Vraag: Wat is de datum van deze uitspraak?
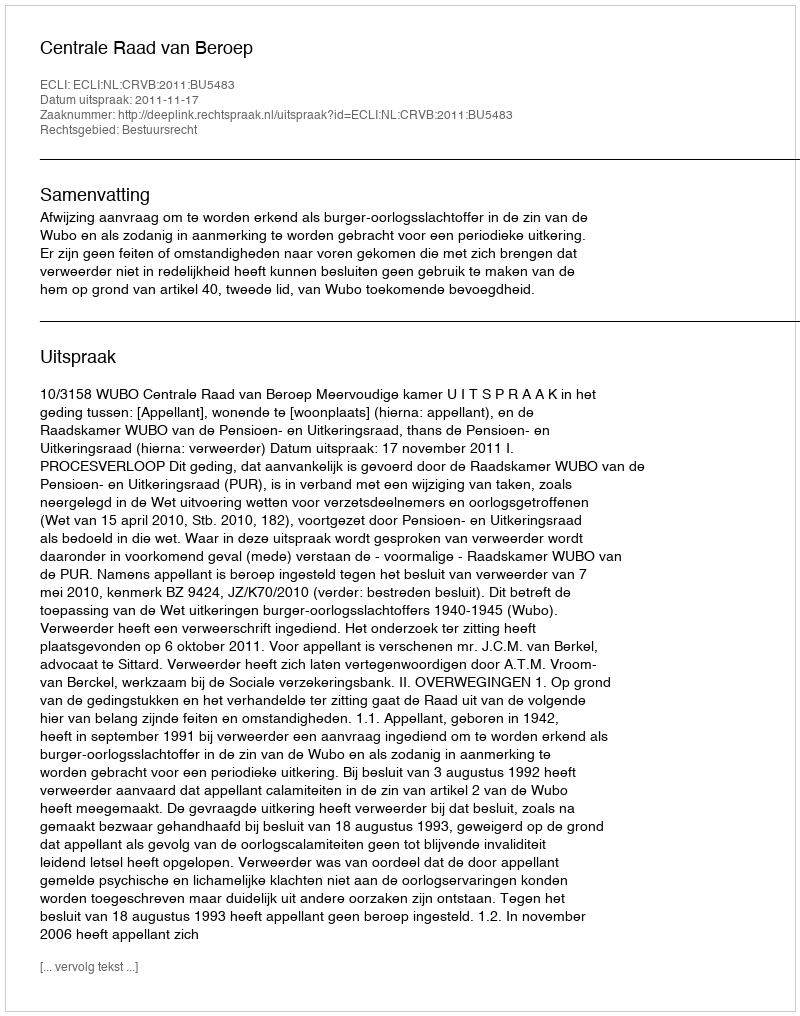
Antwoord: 2011-11-17